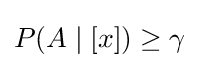
\textstyle P(A\mid [x])\geq \gamma